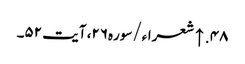
۴۸. ↑ شعراء/سوره۲۶، آیت ۵۲۔